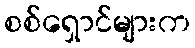
စစ်ရှောင်များက